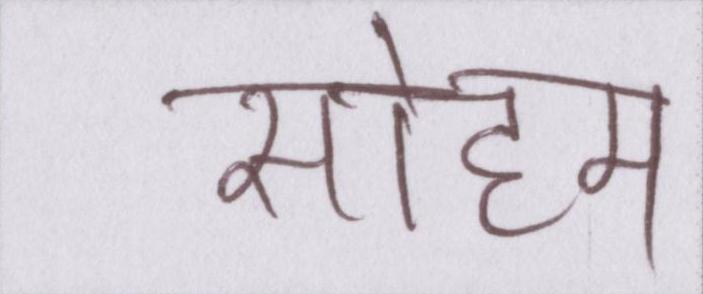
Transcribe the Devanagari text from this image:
सोहम